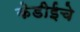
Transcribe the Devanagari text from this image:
केडीईचे